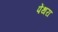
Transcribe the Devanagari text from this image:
पेंथरा